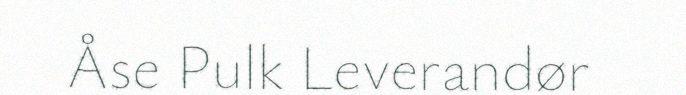
Åse Pulk Leverandør